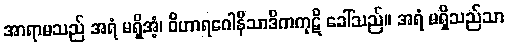
အာရာမသည် အရံ မရှိအံ့၊ ဝိဟာရဂေါနိသာဒိကကုဋိ ခေါ်သည်။ အရံ မရှိသည်သာ